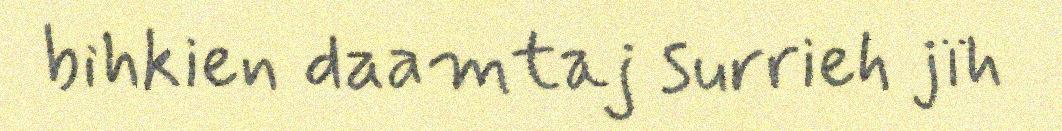
bihkien daamtaj surrieh jïh